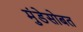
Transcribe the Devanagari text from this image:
मुंडेसोबत